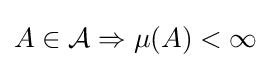
A\in {\mathcal {A}}\Rightarrow \mu (A)<\infty